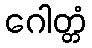
ဂေါတ္တံ